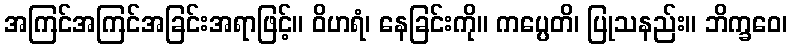
အကြင်အကြင်အခြင်းအရာဖြင့်။ ဝိဟရံ၊ နေခြင်းကို။ ကပ္ပေတိ၊ ပြုသနည်း။ ဘိက္ခဝေ၊